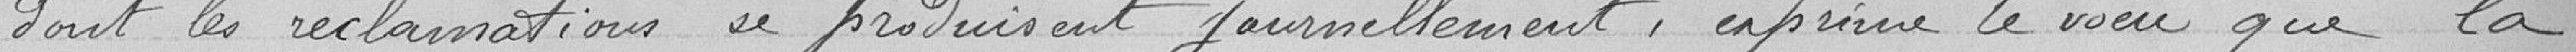
dont les réclamations se produisent journellement, exprime le vœu que la